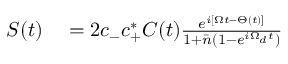
\begin{array} { r l } { S ( t ) } & { { } = 2 c _ { - } c _ { + } ^ { * } C ( t ) \frac { e ^ { i [ \Omega t - \Theta ( t ) ] } } { 1 + \bar { n } ( 1 - e ^ { i \Omega _ { d } t } ) } } \end{array}